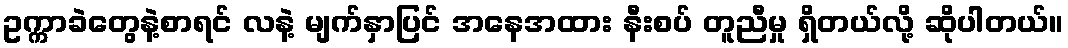
ဥက္ကာခဲတွေနဲ့စာရင် လနဲ့ မျက်နှာပြင် အနေအထား နီးစပ် တူညီမှု ရှိတယ်လို့ ဆိုပါတယ်။